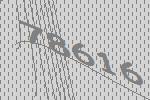
78616